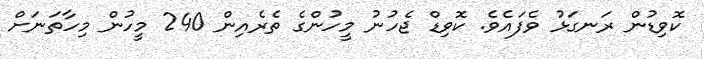
ކޮވިޑުން ރަނގަޅު ވެފައެވެ. ކޮވިޑް ޖެހުނު މީހުންގެ ތެރެއިން 240 މީހުން މިހާތަނަށް